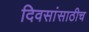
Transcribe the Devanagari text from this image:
दिवसांसाठीच